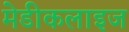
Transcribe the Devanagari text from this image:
मेडीकलाइज